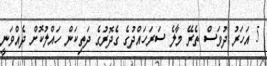
5 އަހަރު ދުވަސް ތެރޭ މާލެ ސަރަހައްދުގެ ގެދޮރުގެ ދަތިކަން ހައްލުކޮށް ދެއްވަނީ